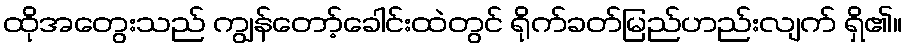
ထိုအတွေးသည် ကျွန်တော့်ခေါင်းထဲတွင် ရိုက်ခတ်မြည်ဟည်းလျက် ရှိ၏။